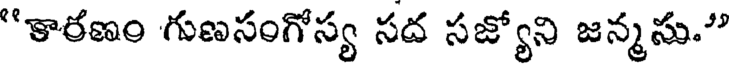
"కారణం గుణసంగోస్య సద సజ్యోని జన్మసు."